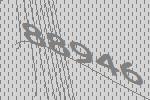
88946